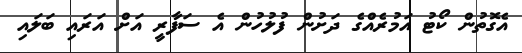
އެގޮތުން ކޯޓު އަމުރެއްގެ ދަށުން ފުލުހުން އެ ސަފާރީ އަށް އަރައި ބަލައި